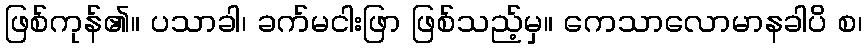
ဖြစ်ကုန်၏။ ပသာခါ၊ ခက်မငါးဖြာ ဖြစ်သည့်မှ။ ကေသာလောမာနခါပိ စ၊